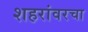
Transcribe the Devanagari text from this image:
शहरांवरचा